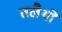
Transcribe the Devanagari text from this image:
तलेैयों